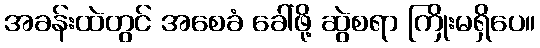
အခန်းထဲတွင် အစေခံ ခေါ်ဖို့ ဆွဲစရာ ကြိုးမရှိပေ။